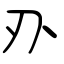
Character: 刅